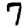
Digit: 7